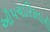
ઔપચારિકતાની